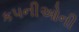
કપનીઓની